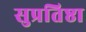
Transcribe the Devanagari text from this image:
सुप्रतिष्ठा